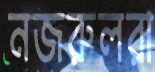
নজরুলরা